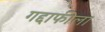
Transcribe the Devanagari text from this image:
गद्दाफीला